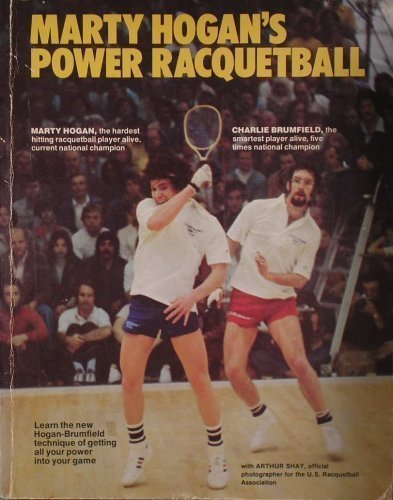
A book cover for Marty Hogan's Power Racquetball; Marty. Hogan; Sports & Outdoors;